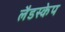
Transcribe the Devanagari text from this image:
लैडस्केप